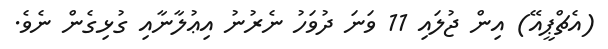
(އެޗްޕީއޭ) އިން ޖުލައި 11 ވަނަ ދުވަހު ނެރުނު އިޢުލާނާއި ގުޅިގެން ނެވެ.